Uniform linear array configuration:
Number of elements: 64
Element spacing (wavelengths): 1
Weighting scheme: blackman
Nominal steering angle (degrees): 60
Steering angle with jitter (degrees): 60.946
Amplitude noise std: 0.05
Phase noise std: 0.05

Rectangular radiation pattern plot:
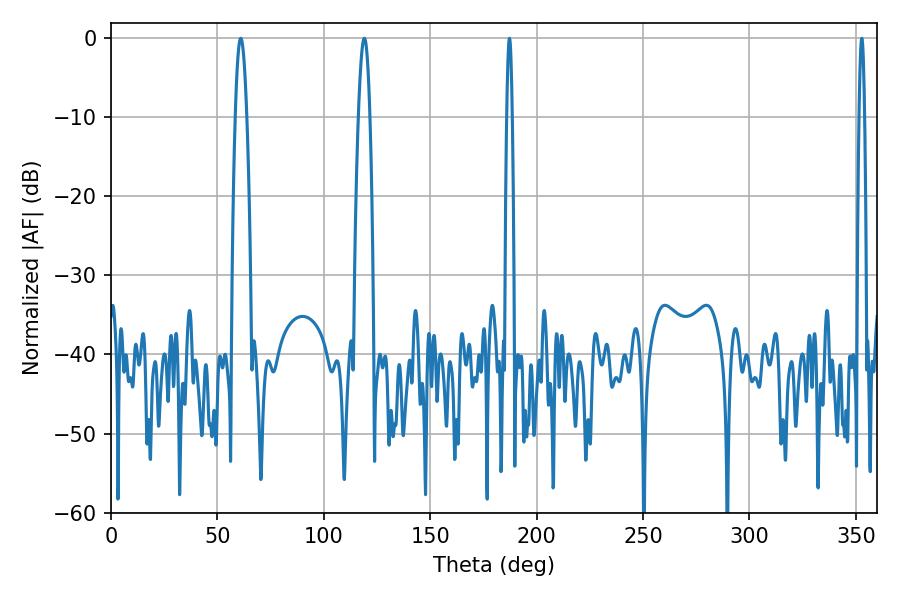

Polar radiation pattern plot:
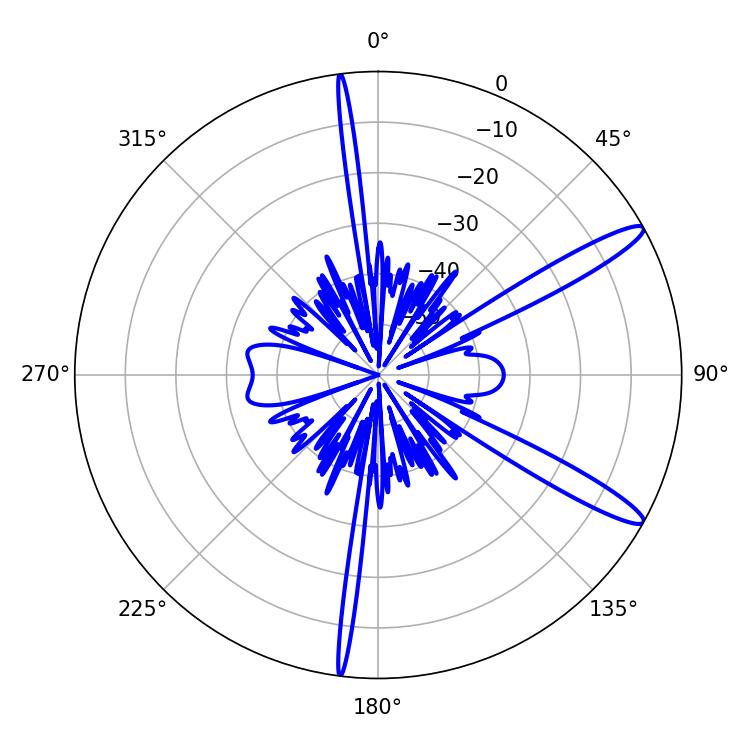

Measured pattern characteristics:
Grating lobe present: TRUE
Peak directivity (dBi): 13.374
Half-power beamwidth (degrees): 1.44
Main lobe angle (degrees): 187.2